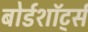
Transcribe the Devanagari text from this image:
बोर्डशॉर्ट्स